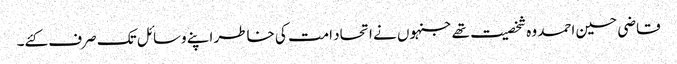
قاضی حسین احمد وہ شخصیت تھے جنہوں نے اتحاد امت کی خاطر اپنے وسائل تک صرف کئے۔